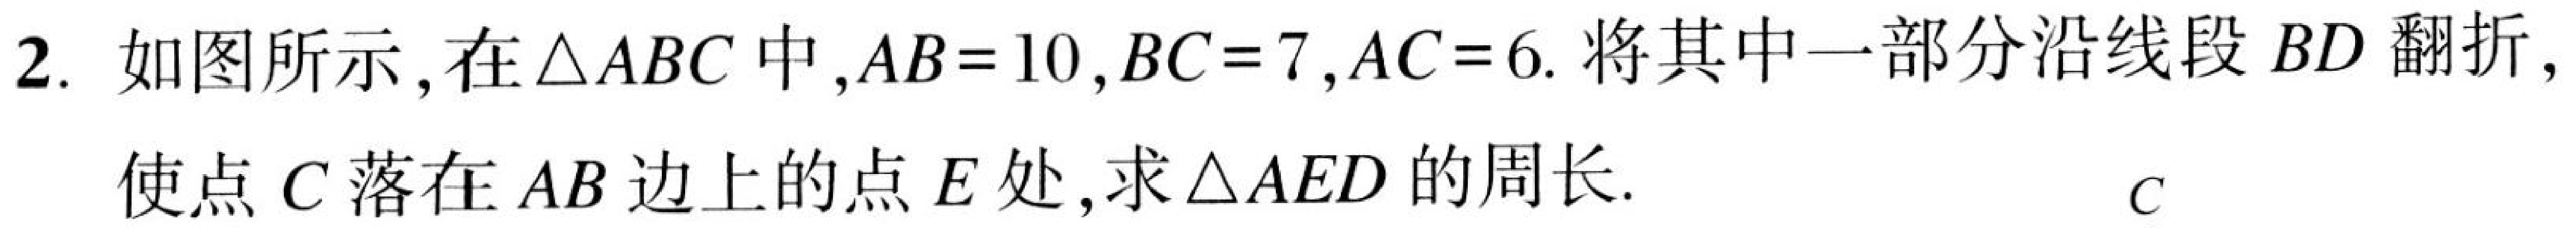
2. 如图所示,在\(\triangle ABC\)中,\(AB = 10,BC = 7,AC = 6\).将其中一部分沿线段\(BD\)翻折,
使点\(C\)落在\(AB\)边上的点\(E\)处,求\(\triangle AED\)的周长.